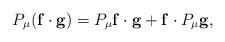
LaTeX: \begin{align*} P_\mu(\mathbf{f}\cdot \mathbf{g})=P_\mu \mathbf{f}\cdot \mathbf{g} +\mathbf{f}\cdot P_\mu \mathbf{g},\end{align*}